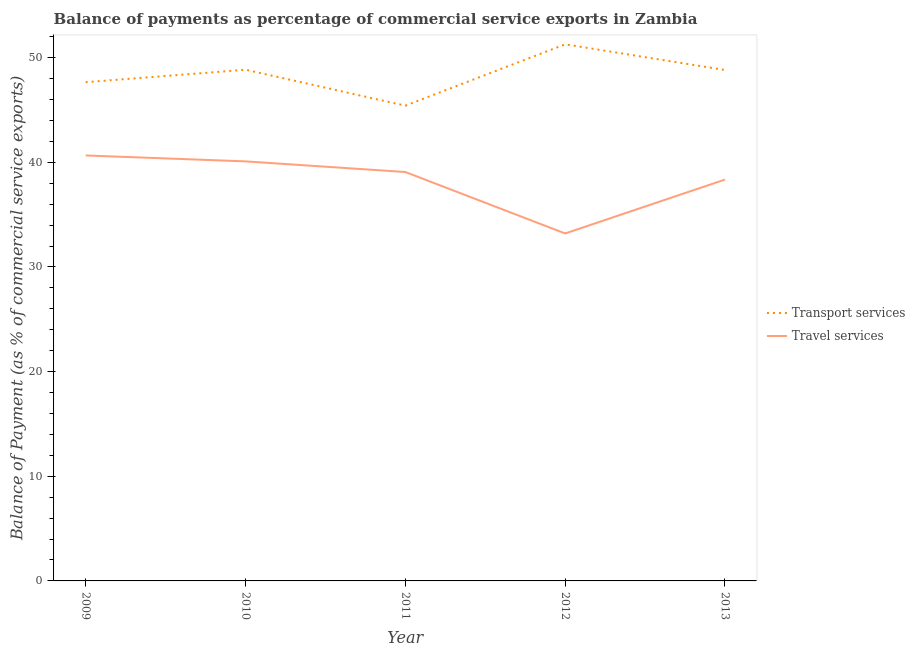
| Year | Transport services | Travel services |
 | --- | --- | --- |
 | 2009 | 47.7 | 40.7 |
 | 2010 | 48.8 | 40.1 |
 | 2011 | 45.4 | 39.1 |
 | 2012 | 51.3 | 33.2 |
 | 2013 | 48.8 | 38.4 |